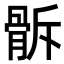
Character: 𩨯